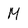
Character: M